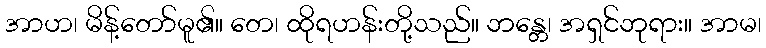
အာဟ၊ မိန့်တော်မူ၏။ တေ၊ ထိုရဟန်းတို့သည်။ ဘန္တေ၊ အရှင်ဘုရား။ အာမ၊